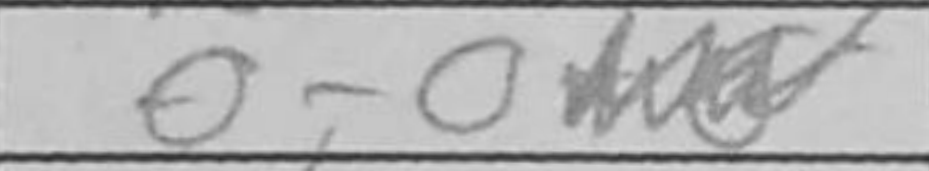
Transcription: O-O